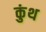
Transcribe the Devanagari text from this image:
कुंथ